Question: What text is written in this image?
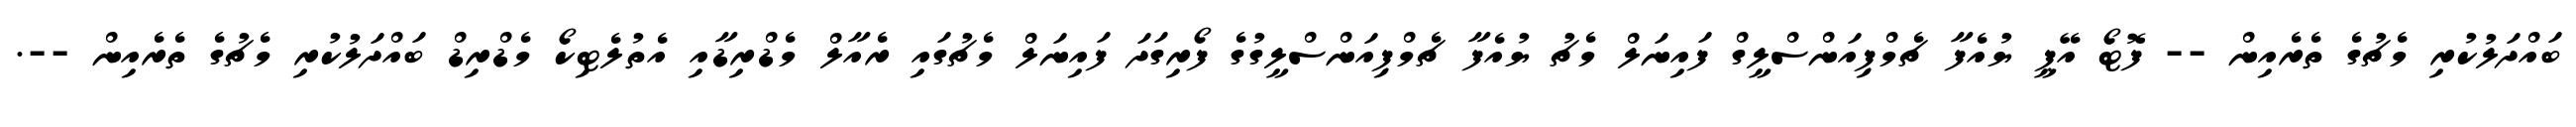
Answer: ބައްދަލުކުރި މެޗުގެ ތެރެއިން -- ފޮޓޯ އޭޕީ ޔުއެފާ ޗެމްޕިއަންސްލީގް ފައިނަލް މެޗު ޔުއެފާ ޗެމްޕިއަންސްލީގުގެ ފޯރިގަދަ ފައިނަލް މެޗުގައި ރެއާލް މެޑްރިޑާއި އެތުލެޓިކޯ މެޑްރިޑް ބައްދަލުކުރި މެޗުގެ ތެރެއިން --.